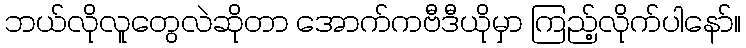
ဘယ်လိုလူတွေလဲဆိုတာ အောက်ကဗီဒီယိုမှာ ကြည့်လိုက်ပါနော်။